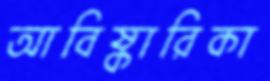
আবিষ্কারিকা